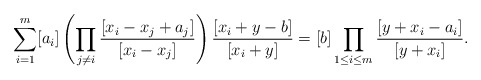
\begin{gather*} \sum_{i=1}^{m} [a_i] \left( \prod_{j \not= i}{{[x_i-x_j+a_j] \over [x_{i}-x_{j}]}} \right){{[x_i+y-b] \over [x_i+y]}} =[b] \prod_{1 \le i \le m} {{[y+x_{i}-a_{i}] \over [y+x_i]}}.\end{gather*}